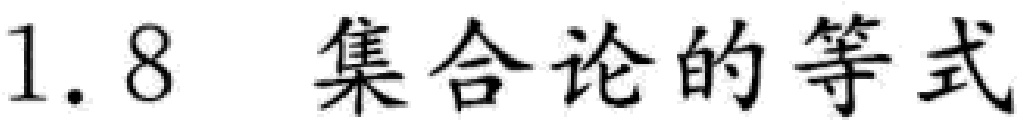
1.8 集合论的等式